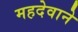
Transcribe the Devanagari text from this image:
महदेवाने